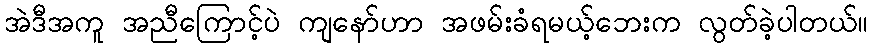
အဲဒီအကူ အညီကြောင့်ပဲ ကျနော်ဟာ အဖမ်းခံရမယ့်ဘေးက လွတ်ခဲ့ပါတယ်။